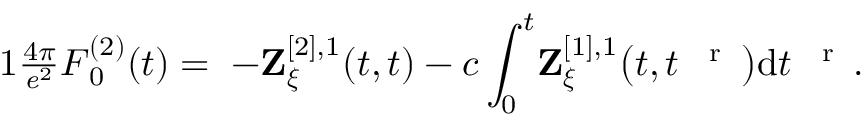
\begin{array} { r } { { 1 } \frac { 4 \pi } { \mathit { e } ^ { 2 } } \boldsymbol { { F } } _ { 0 } ^ { ( 2 ) } ( t ) = \; - { \mathbf { Z } } _ { \boldsymbol { \xi } } ^ { [ 2 ] , 1 } ( t , t ) - c \displaystyle \int _ { 0 } ^ { t } \! { \mathbf { Z } } _ { \boldsymbol { \xi } } ^ { [ 1 ] , 1 } \big ( t , t ^ { \mathrm { ~ \tiny ~ { ~ r ~ } ~ } } \big ) \mathrm { d } { t ^ { \mathrm { ~ \tiny ~ { ~ r ~ } ~ } } } . } \end{array}